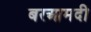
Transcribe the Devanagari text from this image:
बरआमदी